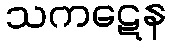
သကဋေန